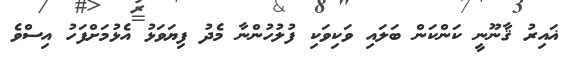
ޣައިރު ޤާނޫނީ ކަންކަން ބަލައި ވަކިވަކި ފުލުހުންނާ މެދު ފިޔަވަޅު އެޅުމަށްފަހު އިސްވެ